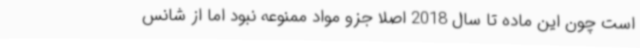
است چون این ماده تا سال 2018 اصلا جزو مواد ممنوعه نبود اما از شانس